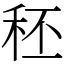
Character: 秠